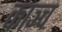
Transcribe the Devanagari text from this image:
काञ्च